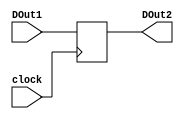
module flipflop(DOut2,DOut1,clock);
output [7:0] DOut2;
input [7:0] DOut1;
input clock;
reg [7:0] DOut2;
always @ (posedge clock )
begin
	//Assigning input of FlipFlop to output
	DOut2<=DOut1;
end
endmodule